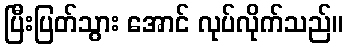
ပြီးပြတ်သွား အောင် လုပ်လိုက်သည်။